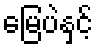
မြေပဲနှင့်